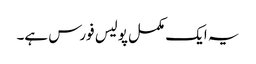
یہ ایک مکمل پولیس فورس ہے۔